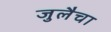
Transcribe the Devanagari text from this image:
जुलैचा